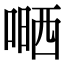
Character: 嗮